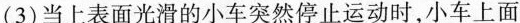
(3)当上表面光滑的小车突然停止运动时，小车上面